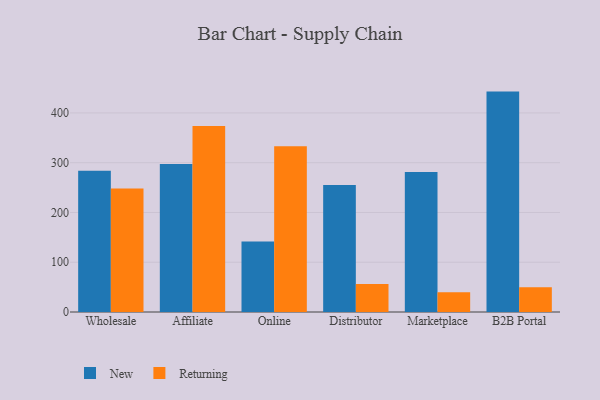
{"axis": {"x": "Channel", "y": "Churn Rate (%)"}, "legend": ["New", "Returning"], "data": [{"x": "Wholesale", "y": 283.8, "type": "New"}, {"x": "Wholesale", "y": 248.2, "type": "Returning"}, {"x": "Affiliate", "y": 297.4, "type": "New"}, {"x": "Affiliate", "y": 373.8, "type": "Returning"}, {"x": "Online", "y": 141.7, "type": "New"}, {"x": "Online", "y": 333.2, "type": "Returning"}, {"x": "Distributor", "y": 255.0, "type": "New"}, {"x": "Distributor", "y": 56.2, "type": "Returning"}, {"x": "Marketplace", "y": 281.2, "type": "New"}, {"x": "Marketplace", "y": 39.8, "type": "Returning"}, {"x": "B2B Portal", "y": 442.9, "type": "New"}, {"x": "B2B Portal", "y": 49.7, "type": "Returning"}]}